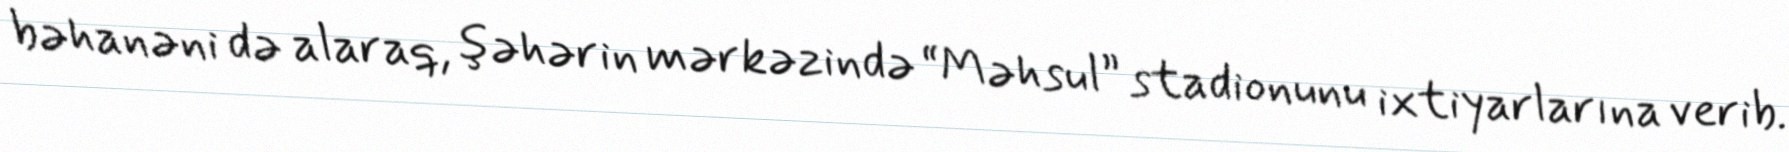
bəhanəni də alaraq, şəhərin mərkəzində “Məhsul” stadionunu ixtiyarlarına verib.